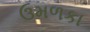
ઉમળકા